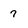
Character: 7